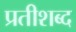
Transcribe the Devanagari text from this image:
प्रतीशब्द